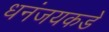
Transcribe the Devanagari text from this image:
धनंजयकडे